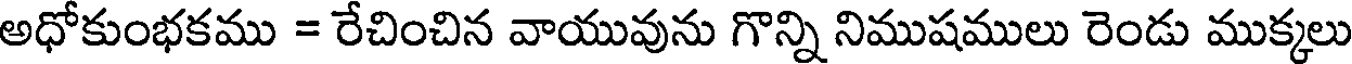
అధోకుంభకము = రేచించిన వాయువును గొన్ని నిముషములు రెండు ముక్కలు